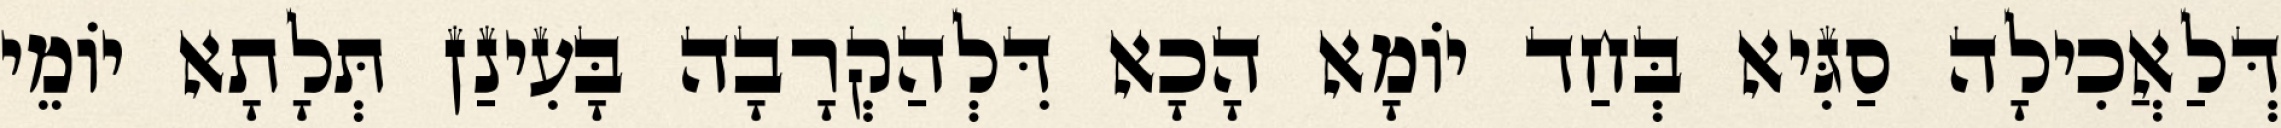
דְּלַאֲכִילָה סַגִּיא בְּחַד יוֹמָא הָכָא דִּלְהַקְרָבָה בָּעִינַן תְּלָתָא יוֹמֵי